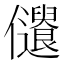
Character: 𠑞